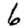
Digit: 6